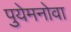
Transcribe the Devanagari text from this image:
पुयेमनोवा